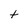
Character: t